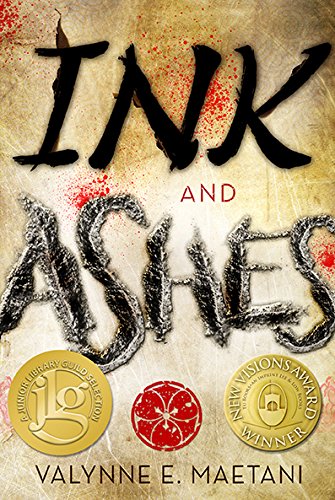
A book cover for Ink and Ashes; Valynne E. Maetani; Teen & Young Adult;